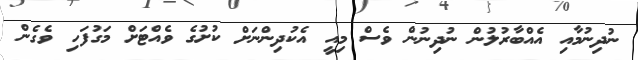
ނުދިނުމާއި އެއްބާރުލުން ނުދިނުން ވެސް މިއީ އެކުދިންނަށް ކުށުގެ ވެއްޓަށް މަގުފަހި ވެގެން